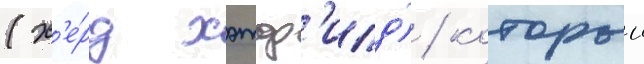
(х'е́рд хэтф'илд) / которыи